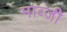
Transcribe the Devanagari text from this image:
माव्जी